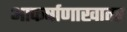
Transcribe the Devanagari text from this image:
आकर्षाणाखातर